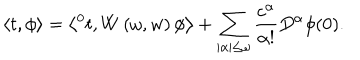
\left\langle t , \phi \right\rangle = \left\langle { ^ 0 t } , W \left( \omega , w \right) \phi \right\rangle + \sum _ { | \alpha | \leq \omega } \frac { c ^ { \alpha } } { \alpha ! } D ^ { \alpha } \phi ( 0 ) .